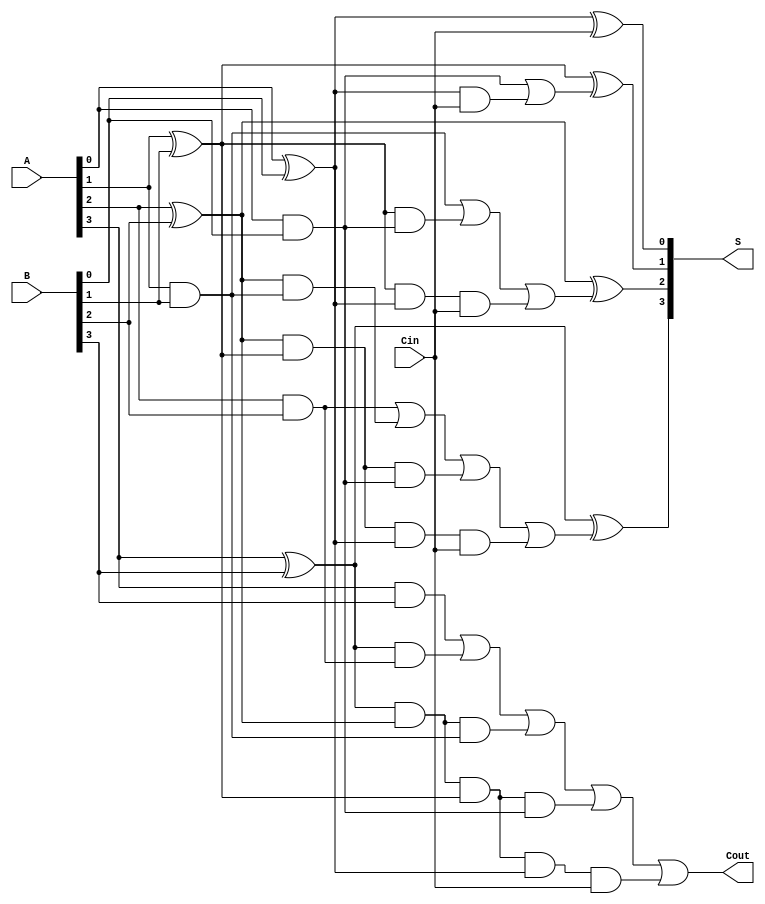
// Name: UJJWAL CHAUDAHRY, M. Tech., ESE [2023 - 2025], IISc Bengaluru
// Q2 : 4-bit Carry Look Ahead Adder using assign statement

module CLA_4b(
    input wire [3:0] A,
    input wire [3:0] B,
    input wire Cin,
    output wire [3:0] S,
    output wire Cout
    );

    wire [3:0] G, P, C;

    // Generate and Propagate signals
    assign G[0] = A[0] & B[0];
    assign P[0] = A[0] ^ B[0];
    assign G[1] = A[1] & B[1];
    assign P[1] = A[1] ^ B[1];
    assign G[2] = A[2] & B[2];
    assign P[2] = A[2] ^ B[2];
    assign G[3] = A[3] & B[3];
    assign P[3] = A[3] ^ B[3];

    // Carry signals
    assign C[0] = Cin;
    assign C[1] = G[0] | (P[0] & Cin);
    assign C[2] = G[1] | (P[1] & G[0]) | (P[1] & P[0] & Cin);
    assign C[3] = G[2] | (P[2] & G[1]) | (P[2] & P[1] & G[0]) | (P[2] & P[1] & P[0] & Cin);
    assign Cout = G[3] | (P[3] & G[2]) | (P[3] & P[2] & G[1]) | (P[3] & P[2] & P[1] & G[0]) | (P[3] & P[2] & P[1] & P[0] & Cin);

    // Sum signals
    assign S[0] = P[0] ^ Cin;
    assign S[1] = P[1] ^ C[1];
    assign S[2] = P[2] ^ C[2];
    assign S[3] = P[3] ^ C[3];

endmodule